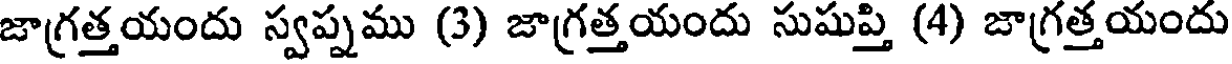
జాగ్రత్తయందు స్వప్నము (3) జాగ్రత్తయందు సుషుప్తి (4) జాగ్రత్తయందు